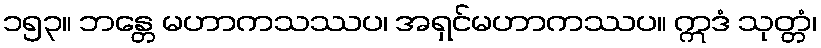
၁၅၃။ ဘန္တေ မဟာကသဿပ၊ အရှင်မဟာကဿပ။ ဣဒံ သုတ္တံ၊